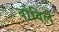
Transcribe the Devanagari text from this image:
वोविले